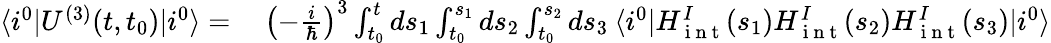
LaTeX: \begin{array}{rl}{\langle i^{0}\lvert U^{(3)}(t,t_{0})\lvert i^{0}\rangle=}&{{}\: \left(-\frac{i}{\hbar}\right)^{3}\int_{t_{0}}^{t}ds_{1}\int_{t_{0}}^{s_{1}}ds_{2}\int_{t_{0}}^{s_{2}}ds_{3}\: \langle i^{0}\lvert H_{\mathrm{~i~n~t~}}^{I}(s_{1})H_{\mathrm{~i~n~t~}}^{I}(s_{2})H_{\mathrm{~i~n~t~}}^{I}(s_{3})\lvert i^{0}\rangle}\end{array}